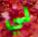
لي